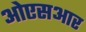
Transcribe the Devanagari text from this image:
ओएसआर